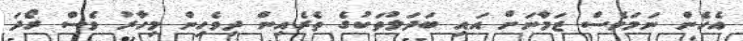
އެހެން ނަމަވެސް ޒަމާނަށް އައި ބަދަލުތަކުގެ ތެރެއިން ދިވެހިން މިހާރު ވެސް ރޯދަ